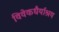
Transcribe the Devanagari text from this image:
विवेकधैर्याश्रय